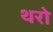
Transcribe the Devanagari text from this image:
थरो